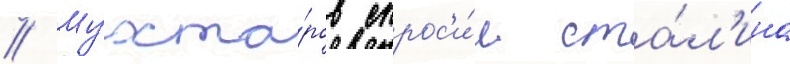
// Мухта́ров спрос'и́л ста́л'ина